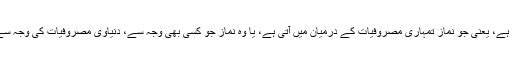
اور پھر فرمایا ہر اُس نماز کی خاص طور پر نگرانی کرو اور اُس کی حفاظت کرو جو صلوٰۃ وسطیٰ ہے، یعنی جو نماز تمہاری مصروفیات کے درمیان میں آتی ہے، یا وہ نماز جو کسی بھی وجہ سے، دنیاوی مصروفیات کی وجہ سے، وقت پر اور اہتمام کے ساتھ ادا نہ کی جا سکے اُس کی بہر حال خاص طور پر حفاظت کرنی ہے۔